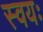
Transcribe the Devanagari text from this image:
स्वयः